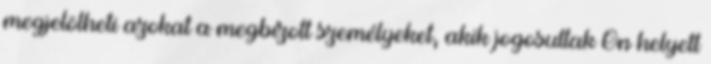
megjelölheti azokat a megbízott személyeket, akik jogosultak Ön helyett